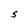
Character: S